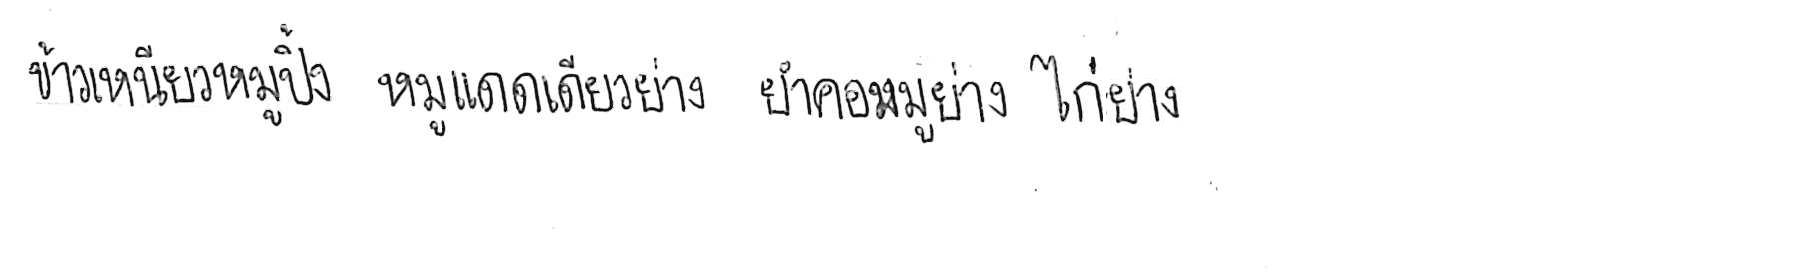
ข้าวเหนียวหมูปิ้ง หมูแดดเดียวย่าง ยำคอหมูย่าง ไก่ย่าง